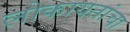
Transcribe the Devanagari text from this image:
लोकायतांचा